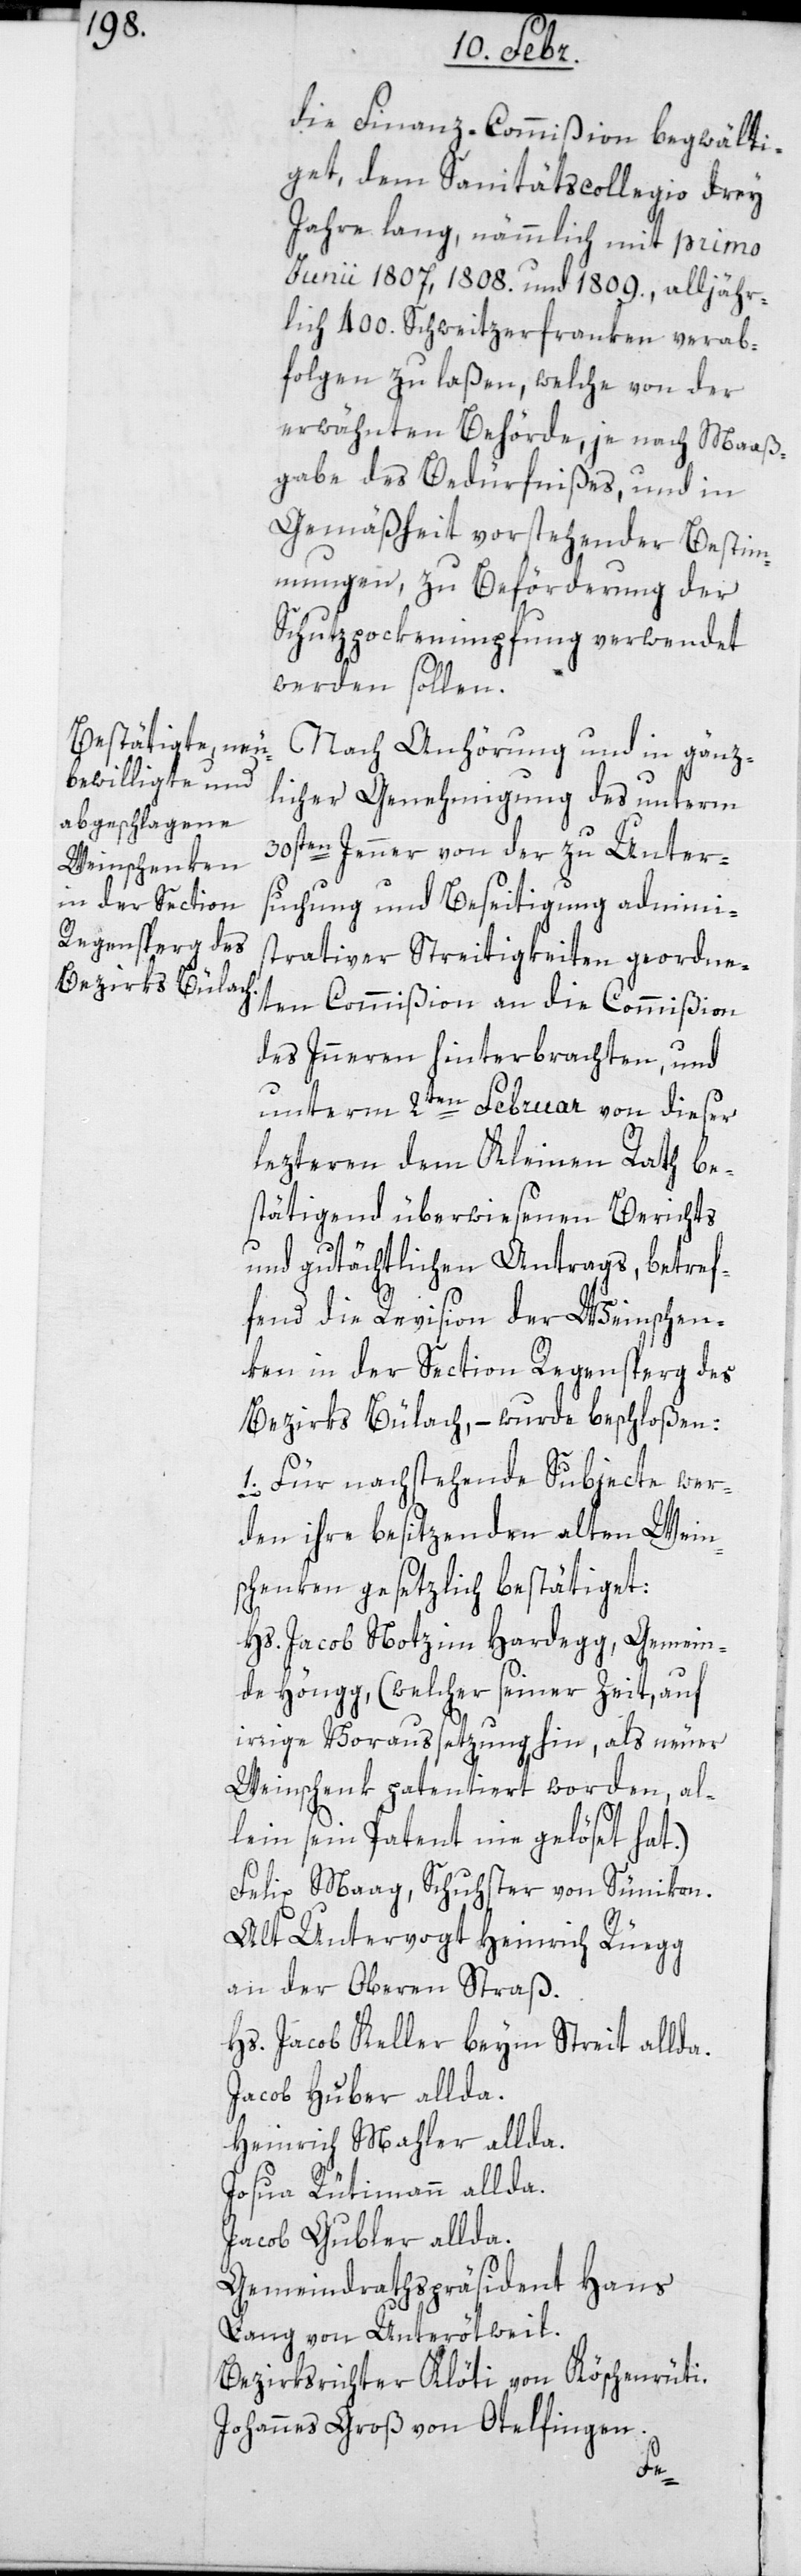
die Finanz-Commißion begwälti¬
get, dem Sanitätscollegio drey
Jahre lang, nämmlich mit primo
Junii 1807, 1808. und 1809. alljähr¬
lich 400. Schweitzerfranken verab¬
folgen zu laßen, welche von der
erwähnten Behörde, je nach Maaß¬
gabe des Bedürfnißes, und in
Gemäßheit vorstehender Bestim¬
mungen, zu Beförderung der
Schutzpockenimpfung verwendet
werden sollen.
Nach Anhörung und in gänz¬
licher Genehmigung des unterm
30sten Jenner von der zu Unter¬
suchung und Beseitigung admini¬
strativer Streitigkeiten geordne¬
ten Commißion an die Commißion
des Innern hinterbrachten und
unterm 2ten Februar von dieser
lezteren dem Kleinen Rath be¬
stätigend überwiesenen Berichts
und gutächtlichen Antrags, betref¬
fend die Revision der Weinschen¬
ken in der Section Regensperg des
Bezirks Bülach, – wurde beschloßen:
1. Für nachstehende Subjecte wer¬
den ihre besitzenden alten Wein¬
schenken gesetzlich bestätiget:
Hs. Jacob Notz im Hardegg, Gemein¬
de Höngg (welcher seiner Zeit auf
irrige Voraußetzung hin, als neuer
Weinschenk patentiert worden, al¬
lein sein Patent nie gelöset hat);
Felix Maag, Schuster von Sünikon.
Alt Untervogt Heinrich Rüegg,
an der Oberen Straß.
Hs. Jacob Keller, beym Streit allda.
Jacob Huber, allda.
Heinrich Mahler, allda.
Josua Rütimann, allda.
Jacob Gubler, allda.
Gemeindrathspräsident Hans
Lang, von Unterötweil.
Bezirksrichter Klöti, von Köschenrüti.
Johannes Groß, von Otelfingen.